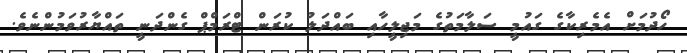
ހޯދުމަށް އެމެރިކާގެ ގައުމީ ސަލާމަތުގެ މަޖިލީހާއި ބައްދަލު ކުރަން ޓްރަމްޕް ގެންދަނީ ތައްޔާރުވަމުންނެވެ.